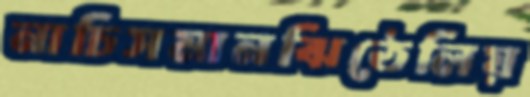
নাচিসমানঝিঠেলিয়